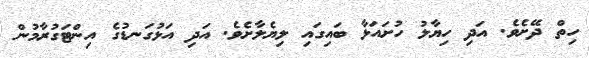
ހިތް ދޭށެވެ. އަދި ހިޔާލު ހުށައަޅާ ބައިގައި ލިޔެލާށެވެ. އަދި އަޅުގަނޑުގެ އިންޓަގުރާމުން